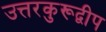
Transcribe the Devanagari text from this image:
उत्तरकुरूद्वीप